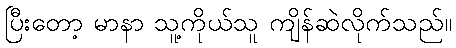
ပြီးတော့ မာနာ သူ့ကိုယ်သူ ကျိန်ဆဲလိုက်သည်။